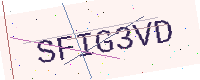
Text: SFIG3VD